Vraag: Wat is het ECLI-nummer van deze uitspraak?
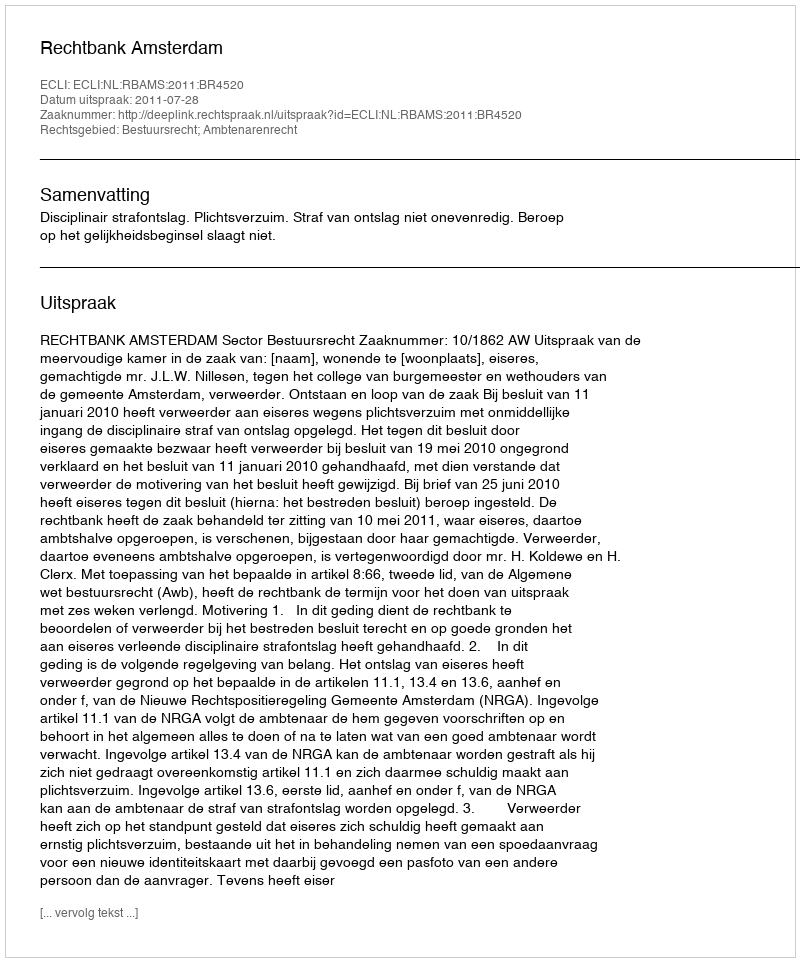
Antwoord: ECLI:NL:RBAMS:2011:BR4520